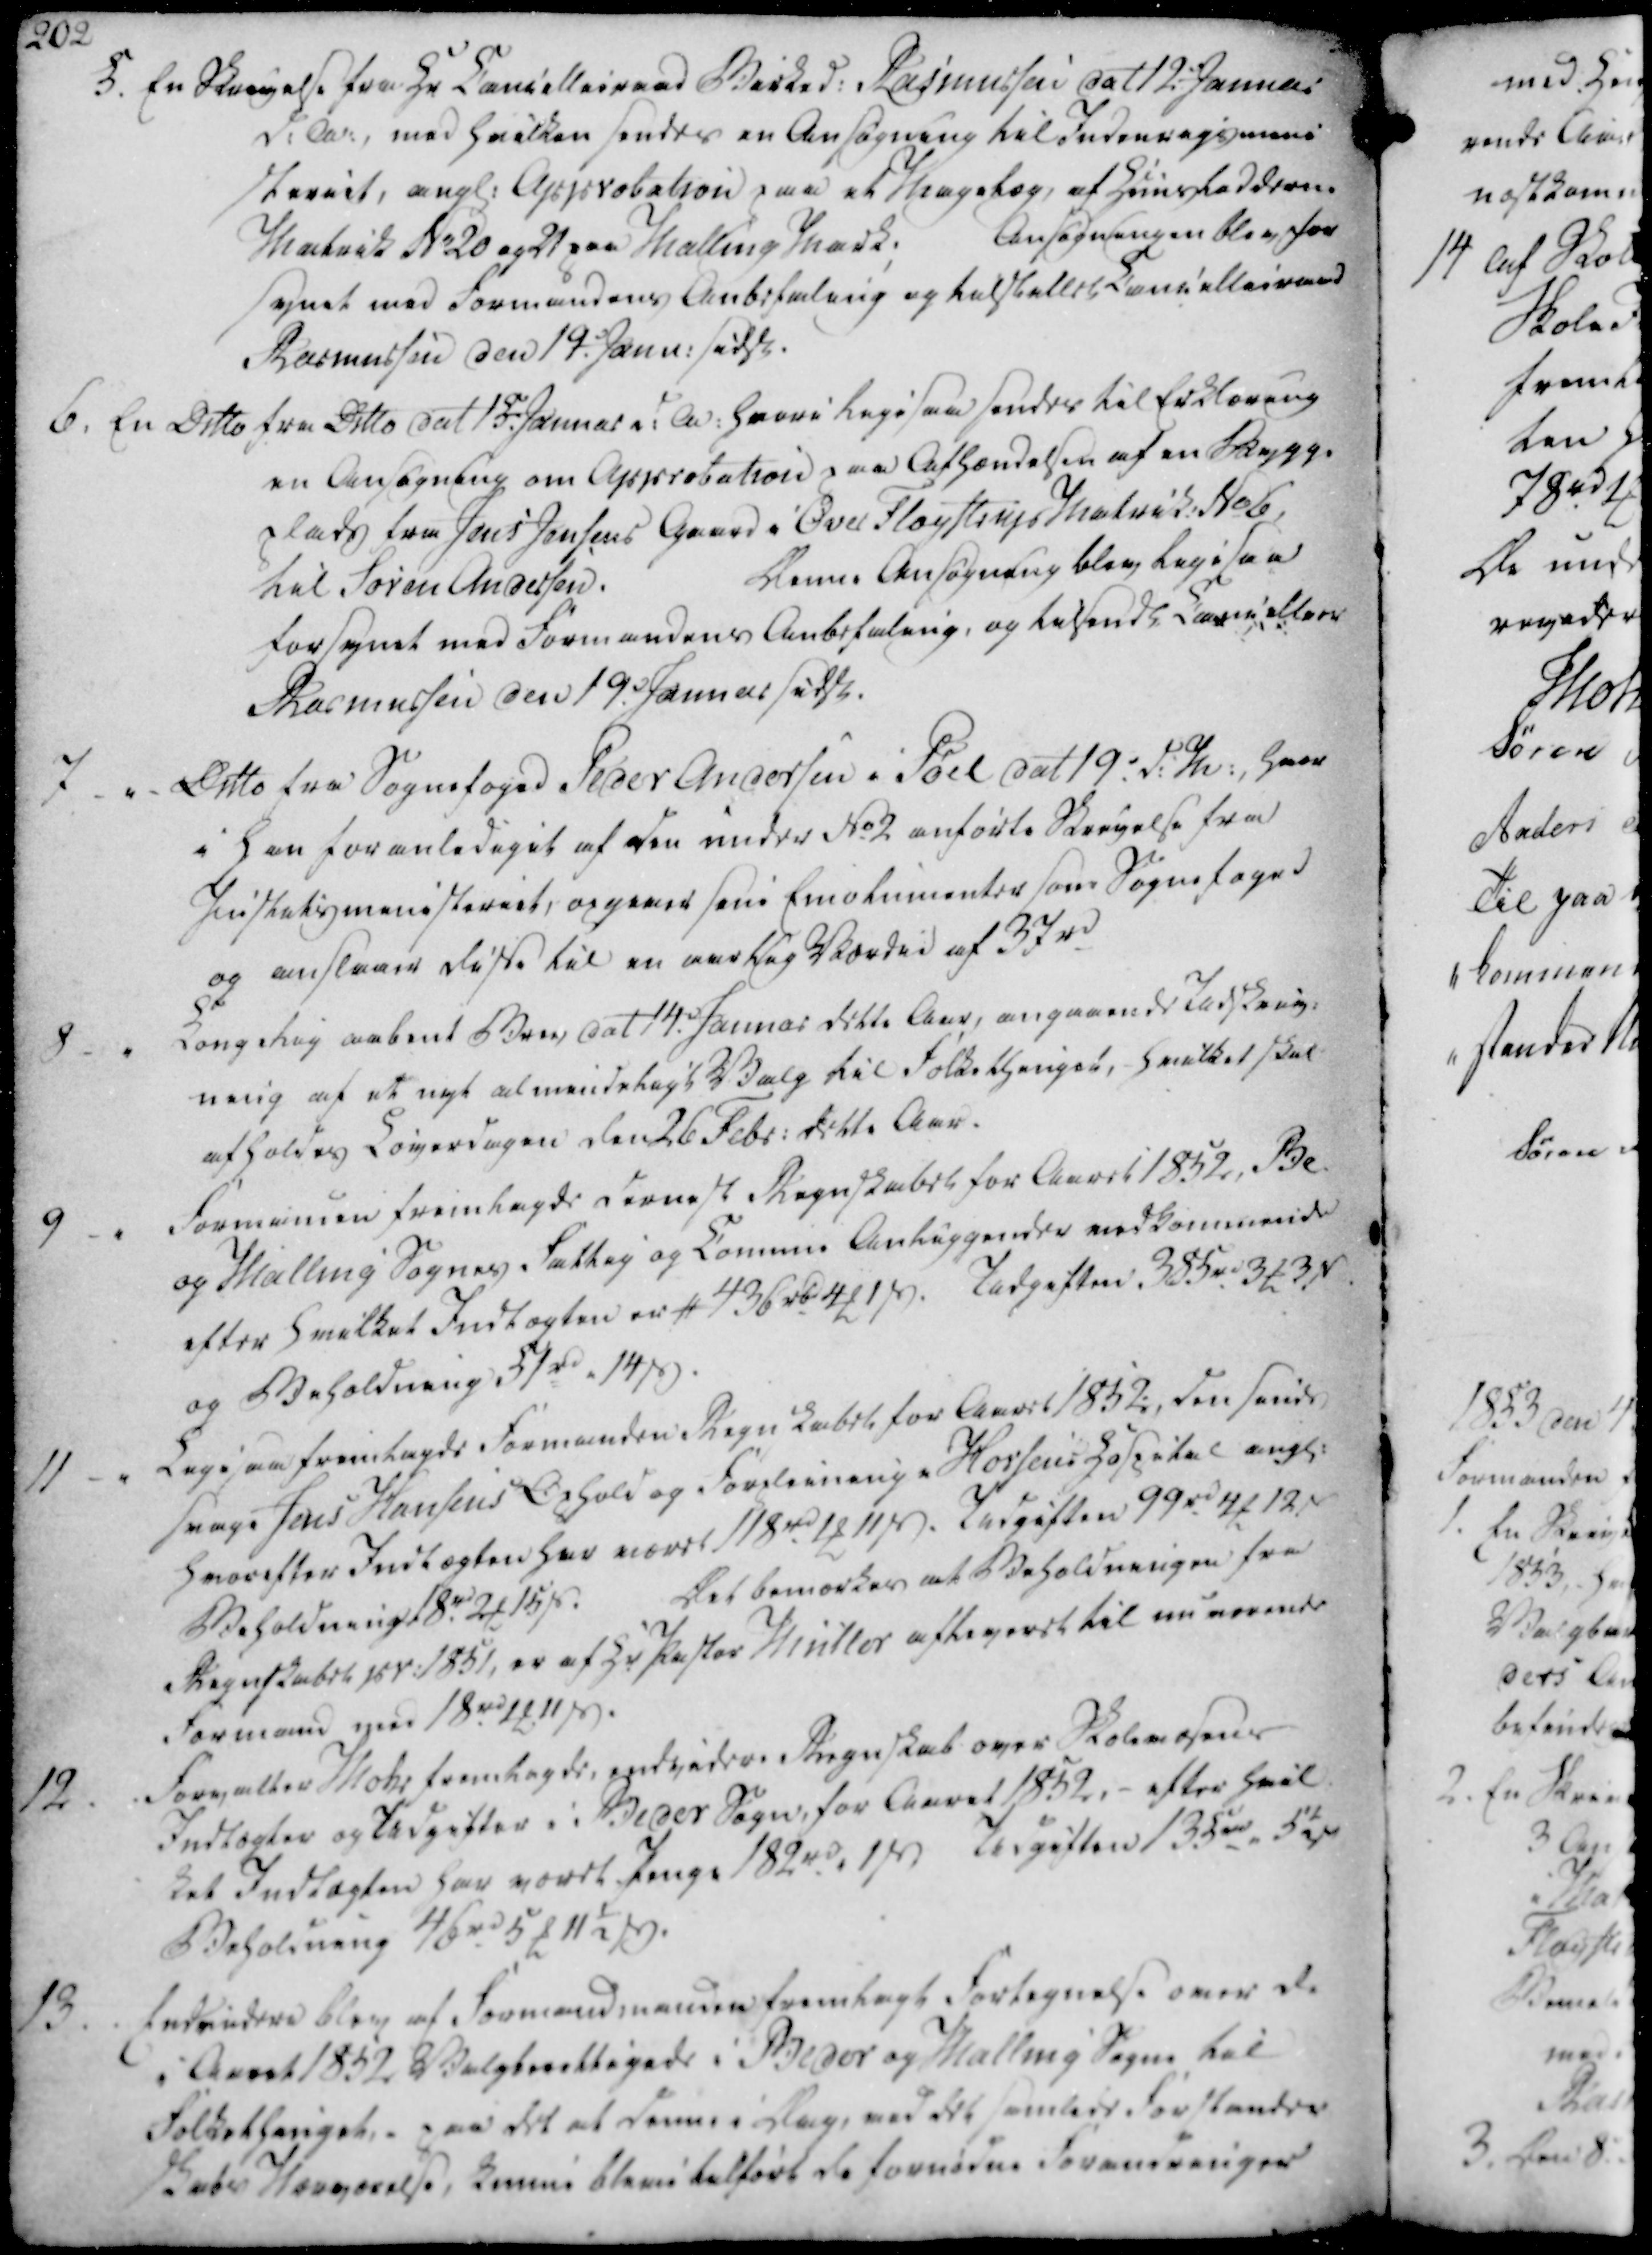
Transskription:
5. En Skrivelse fra Hr Cancellieraad Birked. Rasmussen dat 12 Januar

d.A., med hvilken sendes en Ansøgning til Indenrigsmini

steriet, angl. Approbation paa et Magelæg, af Huuslodderne

Matrik No 20 og 21 paa Malling Mark.

Ansøgningen blev for

synet med Formandens Anbefaling og tilstillet Cancellieraad

Rasmussen den 19 Janu. sidsl.

6. En Ditto fra Ditto dat 15 Januar d.A. hvori ligesaa sendes til Erklæring

en Ansøgning om Approbation paa Afhændelsen af en Bygge

plads fra Jens Jensens Gaard i Over Fløystrup Matrik. No 6,

til Søren Andersen.

Denne Ansøgning blev ligesaa

forsynet med Formandens Anbefaling, og tilsendt Cancellier

Rasmussen den 19. Januar sidsl.

5. En Skrivelse fra Hr Cancellieraad Birked. Rasmussen dat 12 Januar
d.A., med hvilken sendes en Ansøgning til Indenrigsmini
steriet, angl. Approbation paa et Magelæg, af Huuslodderne
Matrik No 20 og 21 paa Malling Mark.
Ansøgningen blev for
synet med Formandens Anbefaling og tilstillet Cancellieraad
Rasmussen den 19 Janu. sidsl.
6. En Ditto fra Ditto dat 15 Januar d.A. hvori ligesaa sendes til Erklæring
en Ansøgning om Approbation paa Afhændelsen af en Bygge
plads fra Jens Jensens Gaard i Over Fløystrup Matrik. No 6,
til Søren Andersen.
Denne Ansøgning blev ligesaa
forsynet med Formandens Anbefaling, og tilsendt Cancellier
Rasmussen den 19. Januar sidsl.

7.

Ditto fra Sognefoged Peder Andersen i Pøel dat 19. d.M., hvor

i han foranlediget af den under No 2 anførte Skrivelse fra

Justitsministeriet, opgever som Emolumenter som Sognefoged

og anslaaer disse til en aarlig Værdie af 37 rd

8.

Kongelig aabent Brev, dat 14. Januar dette Aar, angaaende Udskriv-

ning af et nyt almindeligt Valg til Folkethinget, hvilket skal

afholdes Løverdagen den 26 Febr. dette Aar.

9

Formanden fremlagde dernest Regnskabet for Aaret 1852, Be.

og Malling Sognes Fattig og Commu. Anliggender vedkommende

efter hvilket Indtægten er # 436 rbd 4 ₻ 1 ẞ. Udgiften 385 rd 3 ₻ 3 ẞ

og Beholdning 51 rd 14 ẞ.

7.
Ditto fra Sognefoged Peder Andersen i Pøel dat 19. d.M., hvor
i han foranlediget af den under No 2 anførte Skrivelse fra
Justitsministeriet, opgever som Emolumenter som Sognefoged
og anslaaer disse til en aarlig Værdie af 37 rd
8.
Kongelig aabent Brev, dat 14. Januar dette Aar, angaaende Udskriv-
ning af et nyt almindeligt Valg til Folkethinget, hvilket skal
afholdes Løverdagen den 26 Febr. dette Aar.
9
Formanden fremlagde dernest Regnskabet for Aaret 1852, Be.
og Malling Sognes Fattig og Commu. Anliggender vedkommende
efter hvilket Indtægten er # 436 rbd 4 ₻ 1 ẞ. Udgiften 385 rd 3 ₻ 3 ẞ
og Beholdning 51 rd 14 ẞ.

11

Ligesaa fremlagde Formanden Regnskabet for Aaret 1852, den sinds

svage Jens Hansens Ophold og Forpleining i Horsens Hospital angl.

hvorefter Indtægten har været 118 rd 1 ₻ 11 ẞ. Udgiften 99 rd 4 ₻ 12 ẞ

Beholdning 18 rd 2 ₻ 15 ẞ.

Det bemærkes at Beholdningen fra

Regnskabet pr. 1851, er af Hr. Pastor Müller afleveret til nu værende

Formand med 18 rd 1 ₻ 11 ẞ.

12.

Forvalter Mohr fremlagde, endvidere Regnskab over Skolevæsens

Indtægter og Udgifter i Beder Sogn, for Aaret 1852, - efter hvil

ket Indtægten har været Penge 182 rd 1 ẞ. Udgiften 135 rd 5½ ẞ

Beholdning 46 rd 5 ₻ 11½ ẞ.

13

Endvidere blev af Formandmanden fremlagt Fortegnelse over de

i Aaret 1852 Valgberettigede i Beder og Malling Sogne til

Folkethinget, paa det at denne i Dag, ved det samlede Forstander

skabs Nærværelse, kunne blive tilført de fornødne Forandringer

11
Ligesaa fremlagde Formanden Regnskabet for Aaret 1852, den sinds
svage Jens Hansens Ophold og Forpleining i Horsens Hospital angl.
hvorefter Indtægten har været 118 rd 1 ₻ 11 ẞ. Udgiften 99 rd 4 ₻ 12 ẞ
Beholdning 18 rd 2 ₻ 15 ẞ.
Det bemærkes at Beholdningen fra
Regnskabet pr. 1851, er af Hr. Pastor Müller afleveret til nu værende
Formand med 18 rd 1 ₻ 11 ẞ.
12.
Forvalter Mohr fremlagde, endvidere Regnskab over Skolevæsens
Indtægter og Udgifter i Beder Sogn, for Aaret 1852, - efter hvil
ket Indtægten har været Penge 182 rd 1 ẞ. Udgiften 135 rd 5½ ẞ
Beholdning 46 rd 5 ₻ 11½ ẞ.
13
Endvidere blev af Formandmanden fremlagt Fortegnelse over de
i Aaret 1852 Valgberettigede i Beder og Malling Sogne til
Folkethinget, paa det at denne i Dag, ved det samlede Forstander
skabs Nærværelse, kunne blive tilført de fornødne Forandringer